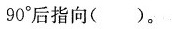
90°后指向()。